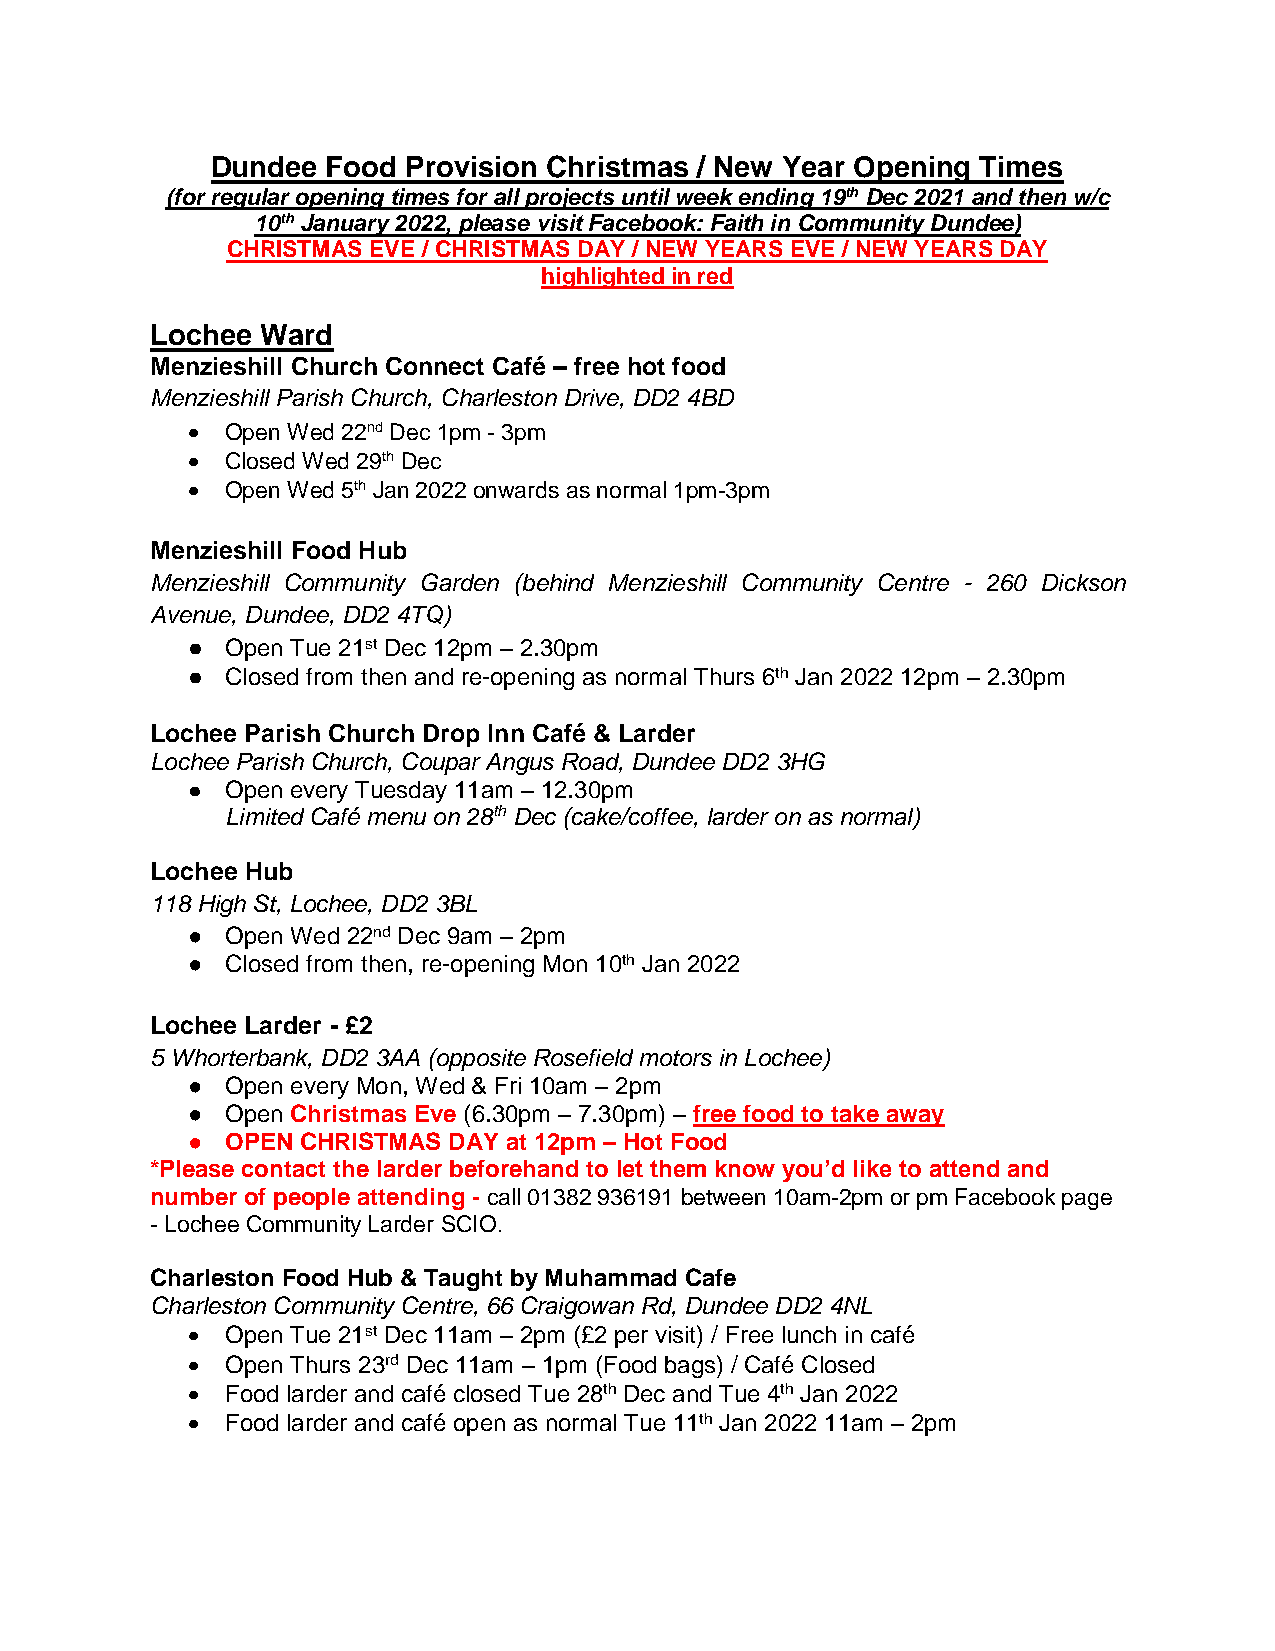
Dundee  Food Provision Christmas / New Year Opening Times
 (for regular opening times for all projects until week ending 19th Dec 2021 and then w/c
 10th January 2022, please visit Facebook: Faith in Community Dundee)
 CHRISTMAS EVE / CHRISTMAS DAY / NEW YEARS EVE / NEW YEARS DAY
 highlighted in red
 Lochee Ward
 Menzieshill Church Connect Café – free hot food
 Menzieshill Parish Church, Charleston Drive, DD2 4BD
   Open Wed 22nd Dec 1pm - 3pm
   Closed Wed 29th Dec
   Open Wed 5th Jan 2022 onwards as normal 1pm-3pm
 Menzieshill Food Hub
 Menzieshill Community Garden (behind Menzieshill Community Centre - 260 Dickson
 Avenue, Dundee, DD2 4TQ)
 ●  Open Tue 21st Dec 12pm – 2.30pm
 ●  Closed from then and re-opening as normal Thurs 6th Jan 2022 12pm – 2.30pm
 Lochee Parish Church Drop Inn Café & Larder
 Lochee Parish Church, Coupar Angus Road, Dundee DD2 3HG
 ●  Open every Tuesday 11am – 12.30pm
 Limited Café menu on 28th Dec (cake/coffee, larder on as normal)
 Lochee Hub
 118 High St, Lochee, DD2 3BL
 ●  Open Wed 22nd Dec 9am – 2pm
 ●  Closed from then, re-opening Mon 10th Jan 2022
 Lochee Larder - £2
 5 Whorterbank, DD2 3AA (opposite Rosefield motors in Lochee)
 ●  Open every Mon, Wed & Fri 10am – 2pm
 ●  Open Christmas Eve (6.30pm – 7.30pm) – free food to take away
 ●  OPEN CHRISTMAS DAY at 12pm – Hot Food
 *Please contact the larder beforehand to let them know you’d like to attend and
 number of people attending - call 01382 936191 between 10am-2pm or pm Facebook page
 - Lochee Community Larder SCIO.
 Charleston Food Hub & Taught by Muhammad Cafe
 Charleston Community Centre, 66 Craigowan Rd, Dundee DD2 4NL
   Open Tue 21st Dec 11am – 2pm (£2 per visit) / Free lunch in café
   Open Thurs 23rd Dec 11am – 1pm (Food bags) / Café Closed
   Food larder and café closed Tue 28th Dec and Tue 4th Jan 2022
   Food larder and café open as normal Tue 11th Jan 2022 11am – 2pm